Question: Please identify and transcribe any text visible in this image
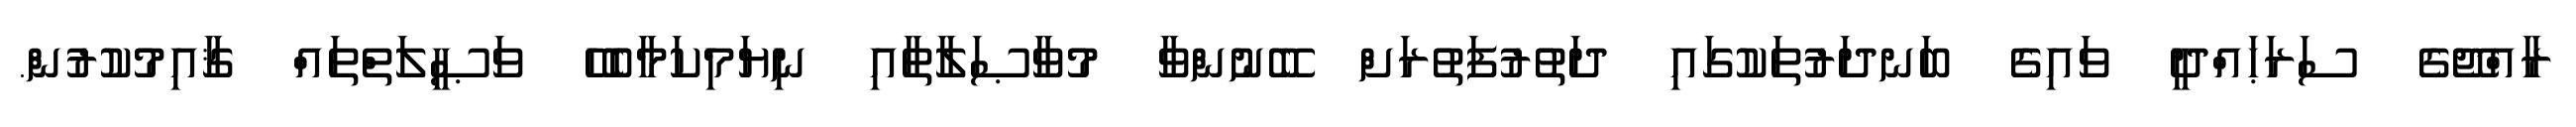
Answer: ރާއްޖޭގެ ސަރަޙައްދީ ވައިގެ ބަނދަރުތަކުގައި ދަތުރުފަތުރަށް ބޭނުންވާ މުވާޞަލާތާއި ނިޔަމިކަމާބެހޭ ވަޞީލަތްތައް ޤާއިމުކުރުން.